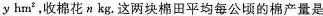
y hm^{2}，收棉花n kg。这两块棉田平均每公顷的棉产量是